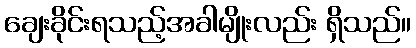
ချေးခိုင်းရသည့်အခါမျိုးလည်း ရှိသည်။